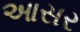
આસર